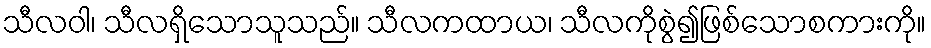
သီလဝါ၊ သီလရှိသောသူသည်။ သီလကထာယ၊ သီလကိုစွဲ၍ဖြစ်သောစကားကို။